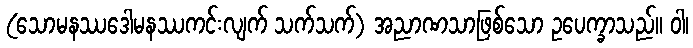
(သောမနဿဒေါမနဿကင်းလျက် သက်သက်) အညာဏသာဖြစ်သော ဥပေက္ခာသည်။ ဝါ၊